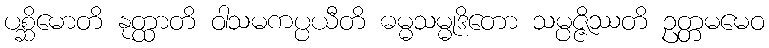
ပစ္ဆိမောတိ နုတ္ထာတိ ဝါသမကပ္ပယီတိ ဓမ္မသမ္မုဒိတော သမ္ပဇ္ဇိဿတိ ဥတ္တမမေဝ